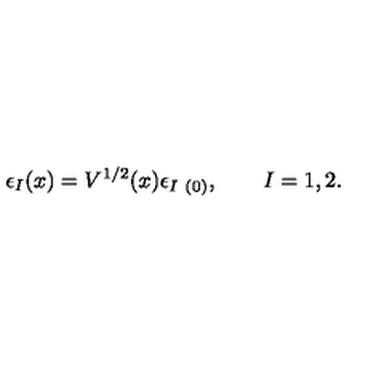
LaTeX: \epsilon _ { I } ( x ) = V ^ { 1 / 2 } ( x ) \epsilon _ { I \ ( 0 ) } , \qquad I = 1 , 2 .